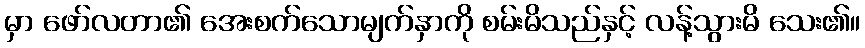
မှာ ဖော်လတာ၏ အေးစက်သောမျက်နှာကို စမ်းမိသည်နှင့် လန့်သွားမိ သေး၏။